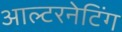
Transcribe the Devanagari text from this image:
आल्टरनेटिंग